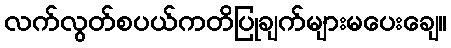
လက်လွတ်စပယ်ကတိပြုချက်များမပေးချေ။